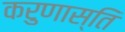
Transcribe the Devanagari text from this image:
करुणास्ति